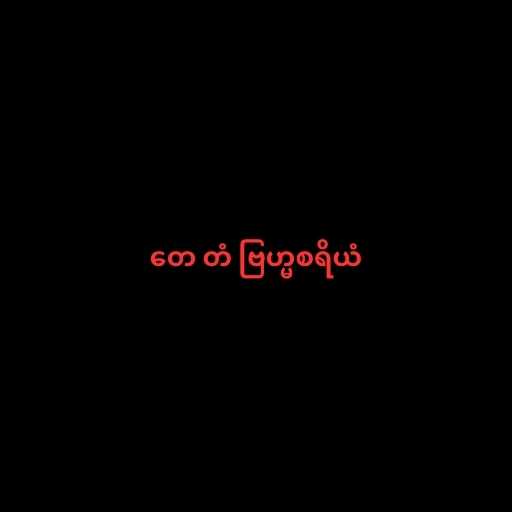
တေ တံ ဗြဟ္မစရိယံ